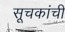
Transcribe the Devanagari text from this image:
सूचकांची